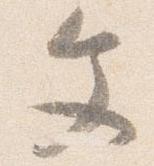
文